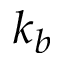
k _ { b }